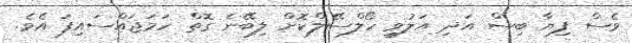
ވެސް ފިޔާ ބިސް އަދި އަލުވީ ހޯލްސޭލްކޮށް ލިބޭނެ ގޮތް ހަމަޖައްސައިފަ އެވެ.